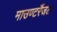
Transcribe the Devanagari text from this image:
माउण्टरैंजल